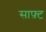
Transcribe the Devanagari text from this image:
साफ़्ट